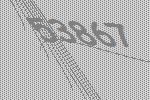
53867